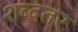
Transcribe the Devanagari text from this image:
शब्दतर